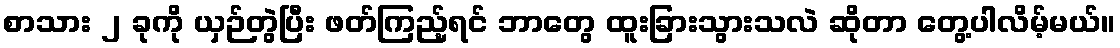
စာသား ၂ ခုကို ယှဉ်တွဲပြီး ဖတ်ကြည့်ရင် ဘာတွေ ထူးခြားသွားသလဲ ဆိုတာ တွေ့ပါလိမ့်မယ်။